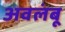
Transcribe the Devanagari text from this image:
अवलंबू